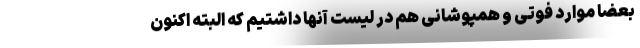
بعضا موارد فوتی و همپوشانی هم در لیست آنها داشتیم که البته اکنون